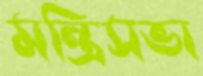
মন্ত্রিসভা